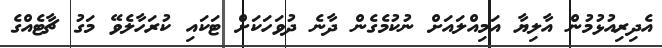
އެދިރިއުޅުމުން އާލިޔާ އަމިއްލައަށް ނުކުމެގެން ދާނެ ދުވަހަކަށް ޓަކައި ކުރަހާލެވޭ މަގު ޗާޓެއްގެ